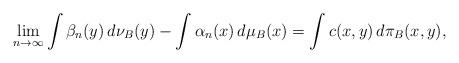
LaTeX: \begin{align*}\lim_{n\to \infty} \int\beta_{n} (y) \,d\nu_B(y) -\int\alpha_n(x)\, d\mu_B (x) &= \int c(x,y) \,d\pi_B (x,y),\end{align*}